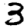
Digit: 3